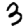
Digit: 3